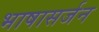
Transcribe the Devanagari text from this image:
भाषासर्जन